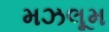
મઝલૂમ